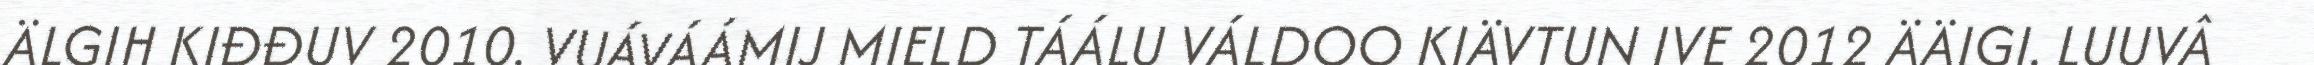
ÄLGIH KIĐĐUV 2010. VUÁVÁÁMIJ MIELD TÁÁLU VÁLDOO KIÄVTUN IVE 2012 ÄÄIGI. LUUVÂ